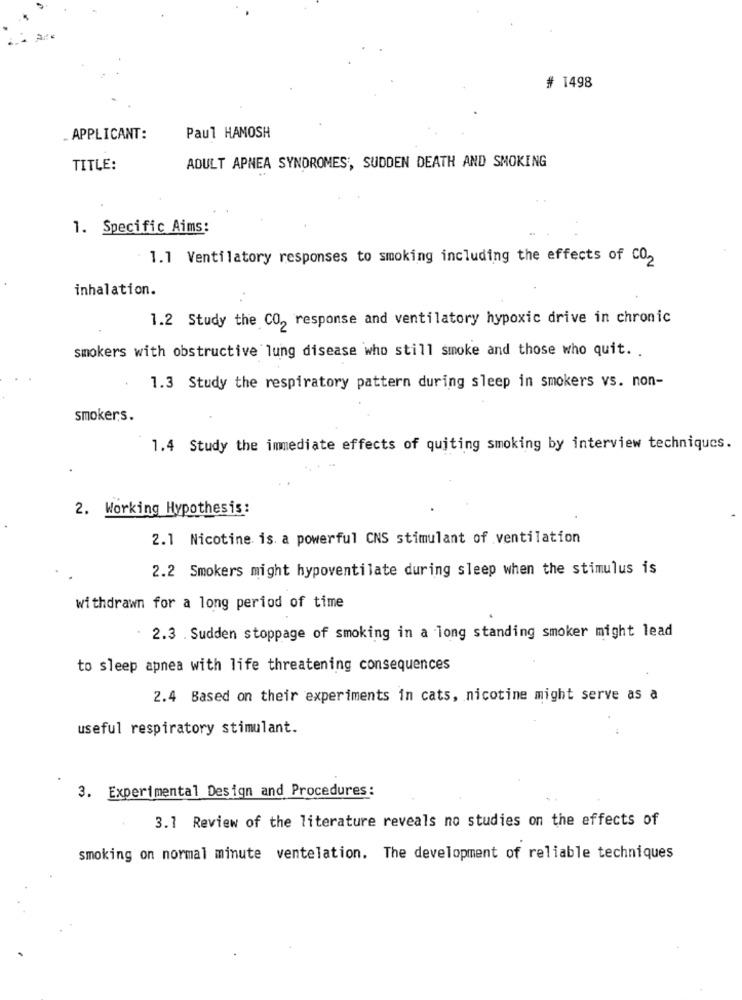
# 1498
. APPLICANT:
Paul HAMOSH
TITLE:
ADULT APNEA SYNDROMES', SUDDEN DEATH AND SMOKING
1. Specific Aims:
1.1 Ventilatory responses to smoking including the effects of CO2
inhalation.
1.2 Study the CO2 response and ventilatory hypoxic drive in chronic
smokers with obstructive lung disease who still smoke and those who quit. .
1.3 Study the respiratory pattern during sleep in smokers vs. non-
smokers.
1.4 Study the immediate effects of quiting smoking by interview techniques.
2. Working Hypothesis:
2.1 Nicotine is. a powerful CNS stimulant of ventilation
2.2 Smokers might hypoventilate during sleep when the stimulus is
withdrawn for a long period of time
2.3 . Sudden stoppage of smoking in a long standing smoker might lead
to sleep apnea with life threatening consequences
2.4 Based on their experiments in cats, nicotine might serve as a
useful respiratory stimulant.
3. Experimental Design and Procedures:
3.1 Review of the literature reveals no studies on the effects of
smoking on normal minute ventelation. The development of reliable techniques